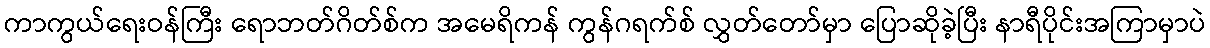
ကာကွယ်ရေးဝန်ကြီး ရောဘတ်ဂိတ်စ်က အမေရိကန် ကွန်ဂရက်စ် လွှတ်တော်မှာ ပြောဆိုခဲ့ပြီး နာရီပိုင်းအကြာမှာပဲ